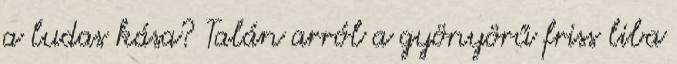
a ludas kása? Talán arról a gyönyörű friss liba